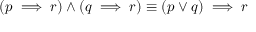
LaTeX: ( p \implies r ) \wedge ( q \implies r ) \equiv ( p \vee q ) \implies r